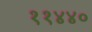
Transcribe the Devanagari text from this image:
११४४०